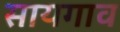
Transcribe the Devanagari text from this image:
सायगाव